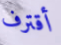
أقترف